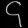
Digit: ၄